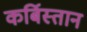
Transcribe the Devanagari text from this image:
कर्बिस्तान